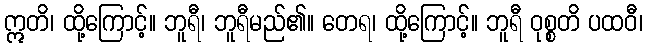
ဣတိ၊ ထို့ကြောင့်။ ဘူရီ၊ ဘူရီမည်၏။ တေရ၊ ထို့ကြောင့်။ ဘူရီ ဝုစ္စတိ ပထဝီ၊